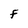
Character: F